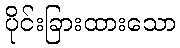
ပိုင်းခြားထားသော